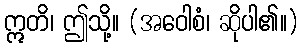
ဣတိ၊ ဤသို့။ (အဝေါစံ၊ ဆိုပါ၏။)